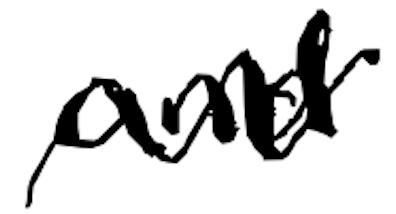
Text: and
Cross-out: zig-zag
Writing tool: digital_black